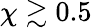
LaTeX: \chi\gtrsim 0.5